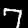
Label: 7